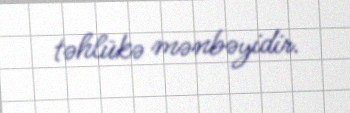
təhlükə mənbəyidir.